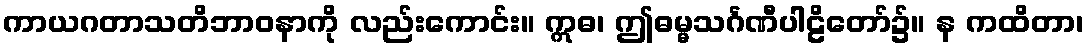
ကာယဂတာသတိဘာဝနာကို လည်းကောင်း။ ဣဓ၊ ဤဓမ္မသင်္ဂဏီပါဠိတော်၌။ န ကထိတာ၊